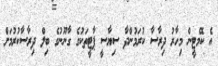
އެ ކޮެމެޓީން މިހާރު ދިރާސާ ކުރަމުންދާ ސިޔާސީ ޕާޓީތަކުގެ ގާނޫނުގެ ބިލް ދިރާސާކުރުމަށް